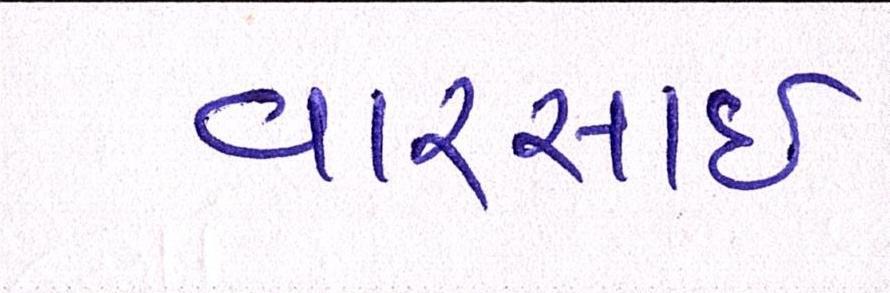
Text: વારસાઇ